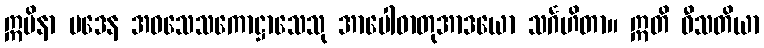
ဣမိနာ ပဒေန အဝသေသကောဋ္ဌာသေသု အာပေါဓာတုအာဒယော သင်္ဂဟိတာ။ ဣတိ ဝီသတိယာ